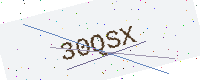
Text: 30QSX